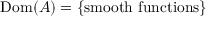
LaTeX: \operatorname { D o m } ( A ) = \left\{ { \mathrm { s m o o t h ~ f u n c t i o n s } } \right\}